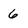
Character: 6